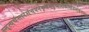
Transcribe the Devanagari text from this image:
स्मृत्यर्थसारेसंचयनेकृतेमनुष्यलोकात्प्रेतलोकंगच्छतः